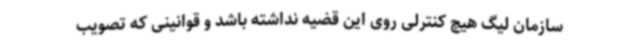
سازمان لیگ هیچ کنترلی روی این قضیه نداشته باشد و قوانینی که تصویب